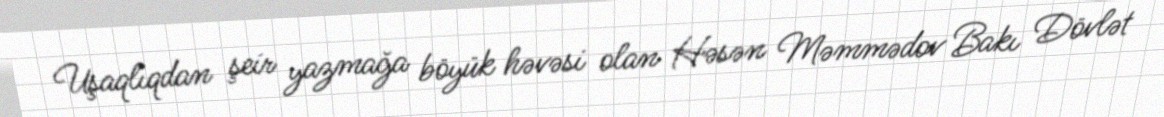
Uşaqlıqdan şeir yazmağa böyük həvəsi olan Həsən Məmmədov Bakı Dövlət